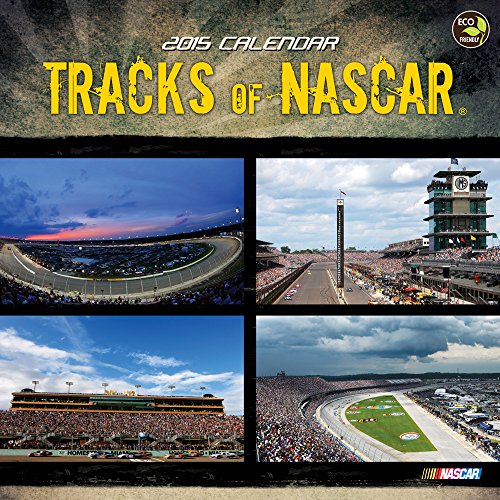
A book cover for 2015 Tracks of NASCAR Wall Calendar; TF PUBLISHING; Calendars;